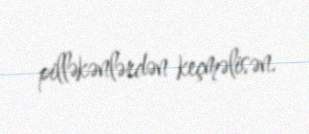
pilləkənlərdən keçməlisən.